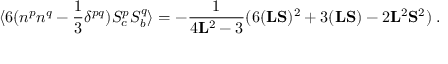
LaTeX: \langle 6 ( n ^ { p } n ^ { q } - \frac { 1 } { 3 } \delta ^ { p q } ) S _ { c } ^ { p } S _ { b } ^ { q } \rangle = - \frac { 1 } { 4 { \bf { L } } ^ { 2 } - 3 } ( 6 ( { \bf { L } } { \bf { S } } ) ^ { 2 } + 3 ( { \bf { L } } { \bf { S } } ) - 2 { \bf { L } } ^ { 2 } { \bf { S } } ^ { 2 } ) \; .